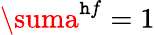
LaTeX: \suma^{\mathtt{h}f}=1